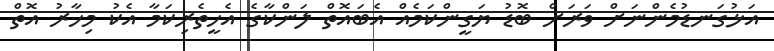
އަޅުގަނޑުމެންނަށް ވަރަށް ބޮޑު ޔަގީންކަމެއް އެބައޮތް ލަންކާގެ އެހީތެރިކަމާ އެކު މިހާރު އޮތް